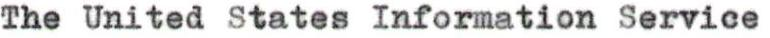
The United States Information Service